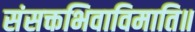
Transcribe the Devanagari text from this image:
संसक्तभिवाविमाति॥